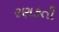
રણકતી